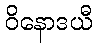
ဝိနောဒယီ